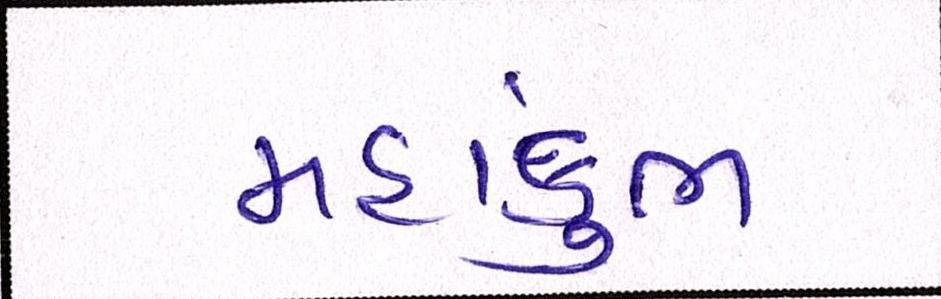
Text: મહાકુંભ